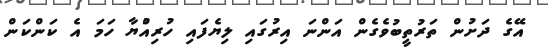
އޭގެ ދަށުން ތަރުތީބުވެގެން އަންނަ އިރުގައި ލިޔެފައި ހުރިއްުޔާ ހަމަ އެ ކަންކަން